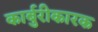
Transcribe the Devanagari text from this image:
कार्बुरीकारक